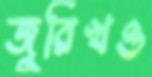
জুরিখও